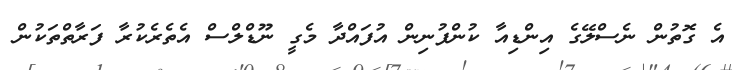
އެ ގޮތުން ނެސްލޭގެ އިންޑިއާ ކުންފުނިން އުފައްދާ މެގީ ނޫޑްލްސް އެތެރެކުރާ ފަރާތްތަކުން